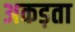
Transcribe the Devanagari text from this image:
अकड़ता